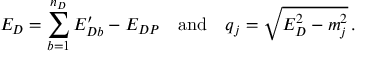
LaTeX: E _ { D } = \sum _ { b = 1 } ^ { n _ { D } } E _ { D b } ^ { \prime } - E _ { D P } \quad \mathrm { a n d } \quad q _ { j } = \sqrt { E _ { D } ^ { 2 } - m _ { j } ^ { 2 } } \, .